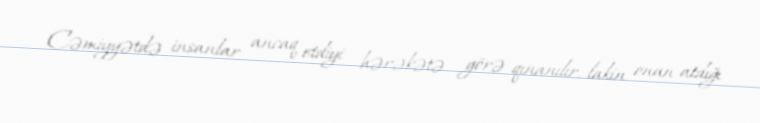
Cəmiyyətdə insanlar ancaq etdiyi hərəkətə görə qınanılır, lakin onun atdığı